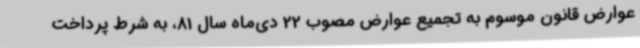
عوارض قانون موسوم به تجمیع عوارض مصوب 22 دی‌ماه سال 81، به شرط پرداخت